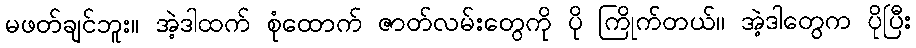
မဖတ်ချင်ဘူး။ အဲ့ဒါထက် စုံထောက် ဇာတ်လမ်းတွေကို ပို ကြိုက်တယ်။ အဲ့ဒါတွေက ပိုပြီး